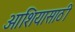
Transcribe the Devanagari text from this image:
आशियासाठी